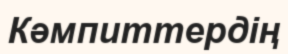
Кәмпиттердің